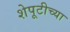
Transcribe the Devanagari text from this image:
शेपूटीच्या